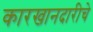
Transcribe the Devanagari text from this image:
कारखानदारीचे